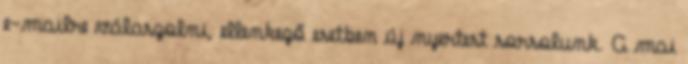
e-mailre válaszolni, ellenkező esetben új nyertest sorsolunk. A mai